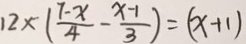
1 2 \times ( \frac { 7 - x } { 4 } - \frac { x - 1 } { 3 } ) = ( x + 1 )